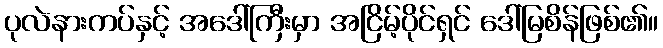
ပုလဲနားကပ်နှင့် အဒေါ်ကြီးမှာ အငြိမ့်ပိုင်ရှင် ဒေါ်မြစိန်ဖြစ်၏။